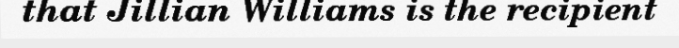
that Jillian Williams is the recipient